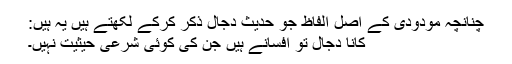
چنانچہ مودودی کے اصل الفاظ جو حدیثِ دجال ذکر کرکے لکھتے ہیں یہ ہیں:
کانا دجال تو افسانے ہیں جن کی کوئی شرعی حیثیت نہیں۔